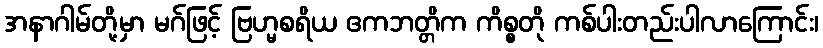
အနာဂါမ်တို့မှာ မဂ်ဖြင့် ဗြဟ္မစရိယ ဧကဘတ္တိက ကိစ္စတို ကစ်ပါးတည်းပါလာကြောင်း၊